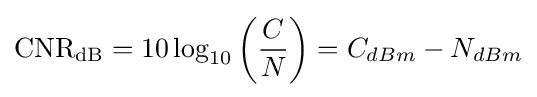
\mathrm {CNR_{dB}} =10\log _{10}\left({\frac {C}{N}}\right)=C_{dBm}-N_{dBm}